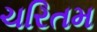
ચરિતમ